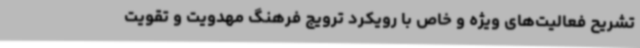
تشریح فعالیت‌های ویژه و خاص با رویکرد ترویج فرهنگ مهدویت و تقویت